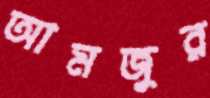
আমজুর